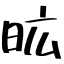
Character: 昿